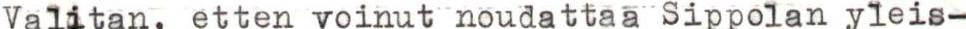
Valitan, etten voinut noudattaa Sippolan yleis-